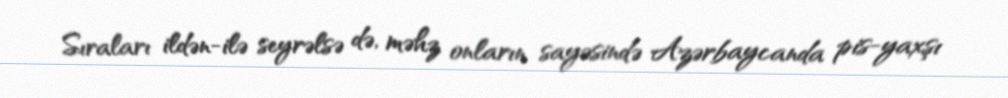
Sıraları ildən-ilə seyrəlsə də, məhz onların sayəsində Azərbaycanda pis-yaxşı